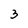
Character: 3